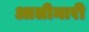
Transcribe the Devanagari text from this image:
आलीमारी